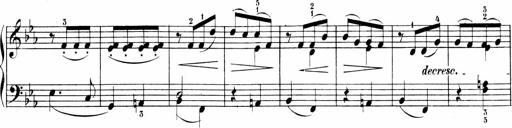
Title: 6 Sonatinas
Composer: Carl Reinecke